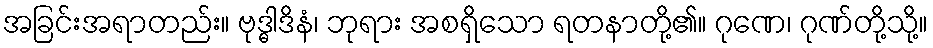
အခြင်းအရာတည်း။ ဗုဒ္ဓါဒိနံ၊ ဘုရား အစရှိသော ရတနာတို့၏။ ဂုဏေ၊ ဂုဏ်တို့သို့။